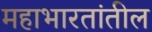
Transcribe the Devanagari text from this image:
महाभारतांतील